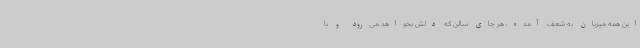
این همه میزبان به شعف آمده، هر جای سالن که دلش بخواهد می‌رود و با